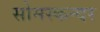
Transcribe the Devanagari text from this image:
सोमस्कन्दर